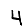
Digit: 4